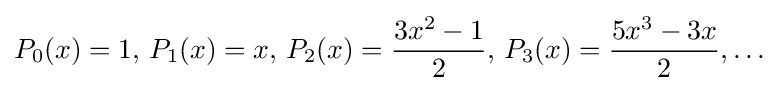
P_{0}(x)=1,\,P_{1}(x)=x,\,P_{2}(x)={\frac {3x^{2}-1}{2}},\,P_{3}(x)={\frac {5x^{3}-3x}{2}},\ldots